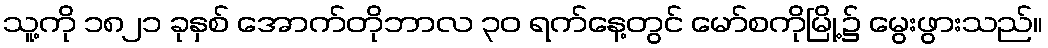
သူ့ကို ၁၈၂၁ ခုနှစ် အောက်တိုဘာလ ၃၀ ရက်နေ့တွင် မော်စကိုမြို့၌ မွေးဖွားသည်။